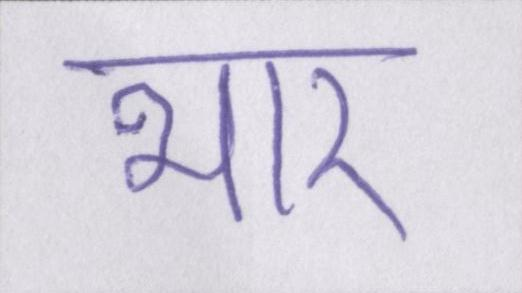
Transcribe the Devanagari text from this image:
भार